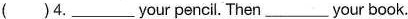
( )4.___your pencil. Then___your book.